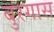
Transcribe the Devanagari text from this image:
बुरगास